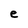
Character: e